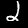
Digit: 2